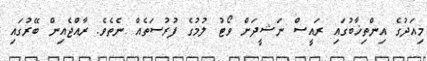
މިއަދުގެ އިންތިޚާބުގައި ރައީސް ނަޝީދަށް ވޯޓު ލުމުގެ ފުރުސަތެއް ނެތެވެ. ރާއްޖެއިން ބޭރުގައި